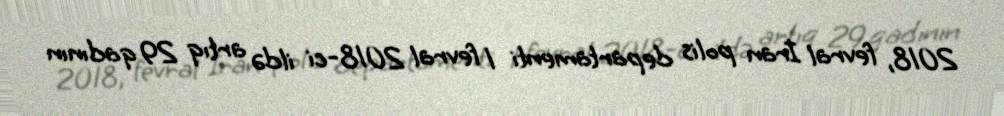
2018, fevral İran polis departamenti 1 fevral 2018-ci ildə artıq 29 qadının